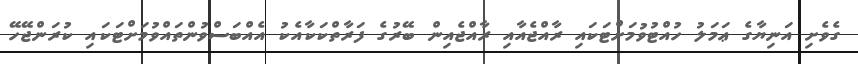
ގެވެށި އަނިޔާގެ ޢަމަލު ހުއްޓުވުމަށްޓަކައި ރާއްޖެއާއި ރާއްޖެއިން ބޭރުގެ ފަރާތްކަކާއެކު އެއްބަސްވުންތައްވުމަށްޓަކައި ކުރަންޖޭހޭ